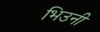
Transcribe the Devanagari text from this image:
भिउनी